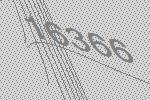
16366